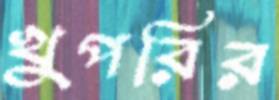
খুপরির